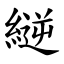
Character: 縌